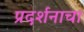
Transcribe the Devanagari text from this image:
प्रदर्शनाचा